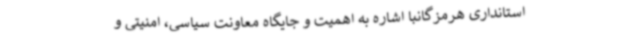
استانداری هرمزگانبا اشاره به اهمیت و جایگاه معاونت سیاسی، امنیتی و